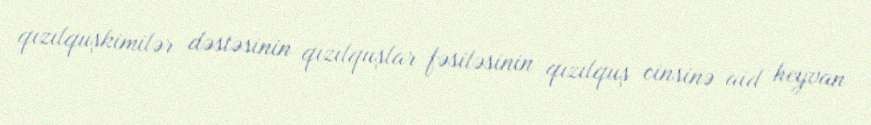
qızılquşkimilər dəstəsinin qızılquşlar fəsiləsinin qızılquş cinsinə aid heyvan